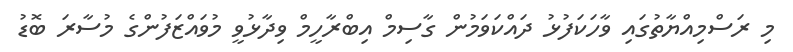
މި ރަސްމިއްޔާތުގައި ވާހަކަފުޅު ދައްކަވަމުން ގާސިމް އިބްރާހީމް ވިދާޅުވީ މުވައްޒަފުންގެ މުސާރަ ބޮޑު